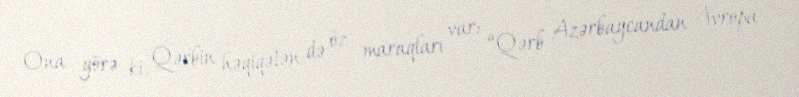
Ona görə ki, Qərbin həqiqətən də öz maraqları var: “Qərb Azərbaycandan Avropa